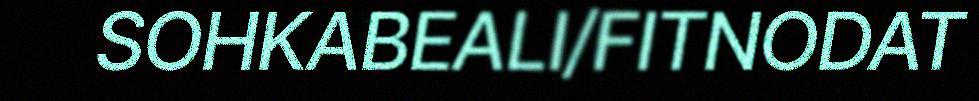
SOHKABEALI/FITNODAT